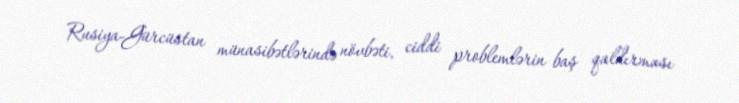
Rusiya-Gürcüstan münasibətlərində növbəti, ciddi problemlərin baş qaldırması